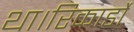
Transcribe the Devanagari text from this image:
था।रिकार्डो